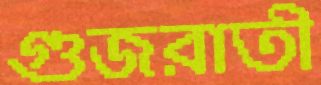
গুজরাতী